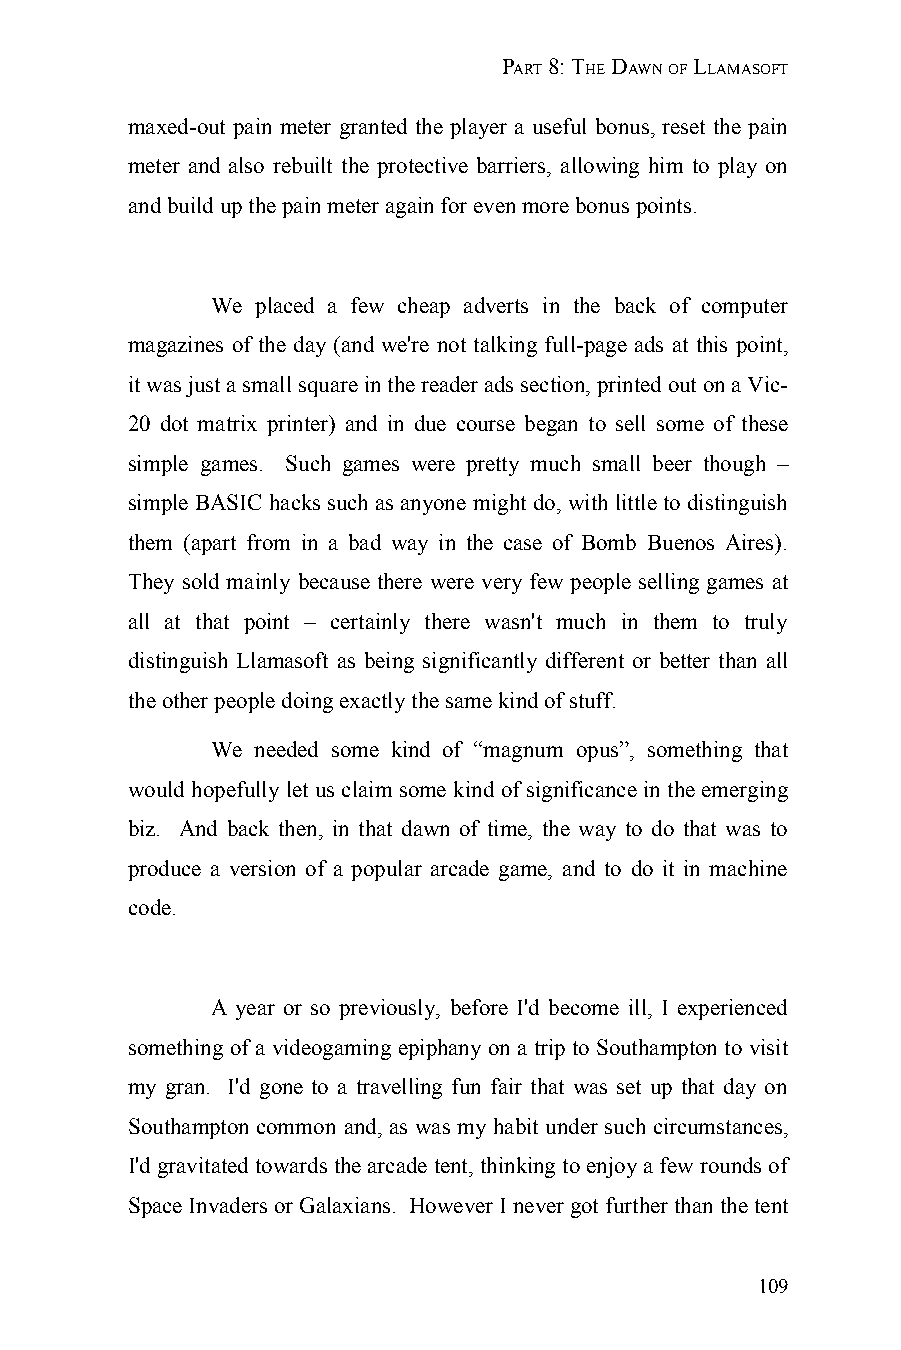
PART 8: THE DAWN OF LLAMASOFT
 maxed-out pain meter granted the player a useful bonus, reset the pain
 meter and also rebuilt the protective barriers, allowing him to play on
 and build up the pain meter again for even more bonus points.
 We placed a few cheap adverts in the back of computer
 magazines of the day (and we're not talking full-page ads at this point,
 it was just a small square in the reader ads section, printed out on a Vic-
 20 dot matrix printer) and in due course began to sell some of these
 simple games. Such games were pretty much small beer though –
 simple BASIC hacks such as anyone might do, with little to distinguish
 them (apart from in a bad way in the case of Bomb Buenos Aires).
 They sold mainly because there were very few people selling games at
 all at that point – certainly there wasn't much in them to truly
 distinguish Llamasoft as being significantly different or better than all
 the other people doing exactly the same kind of stuff.
 We needed some kind of “magnum opus”, something that
 would hopefully let us claim some kind of significance in the emerging
 biz. And back then, in that dawn of time, the way to do that was to
 produce a version of a popular arcade game, and to do it in machine
 code.
 A year or so previously, before I'd become ill, I experienced
 something of a videogaming epiphany on a trip to Southampton to visit
 my gran. I'd gone to a travelling fun fair that was set up that day on
 Southampton common and, as was my habit under such circumstances,
 I'd gravitated towards the arcade tent, thinking to enjoy a few rounds of
 Space Invaders or Galaxians. However I never got further than the tent
 109